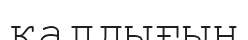
калдығын